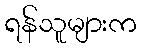
ရန်သူများက